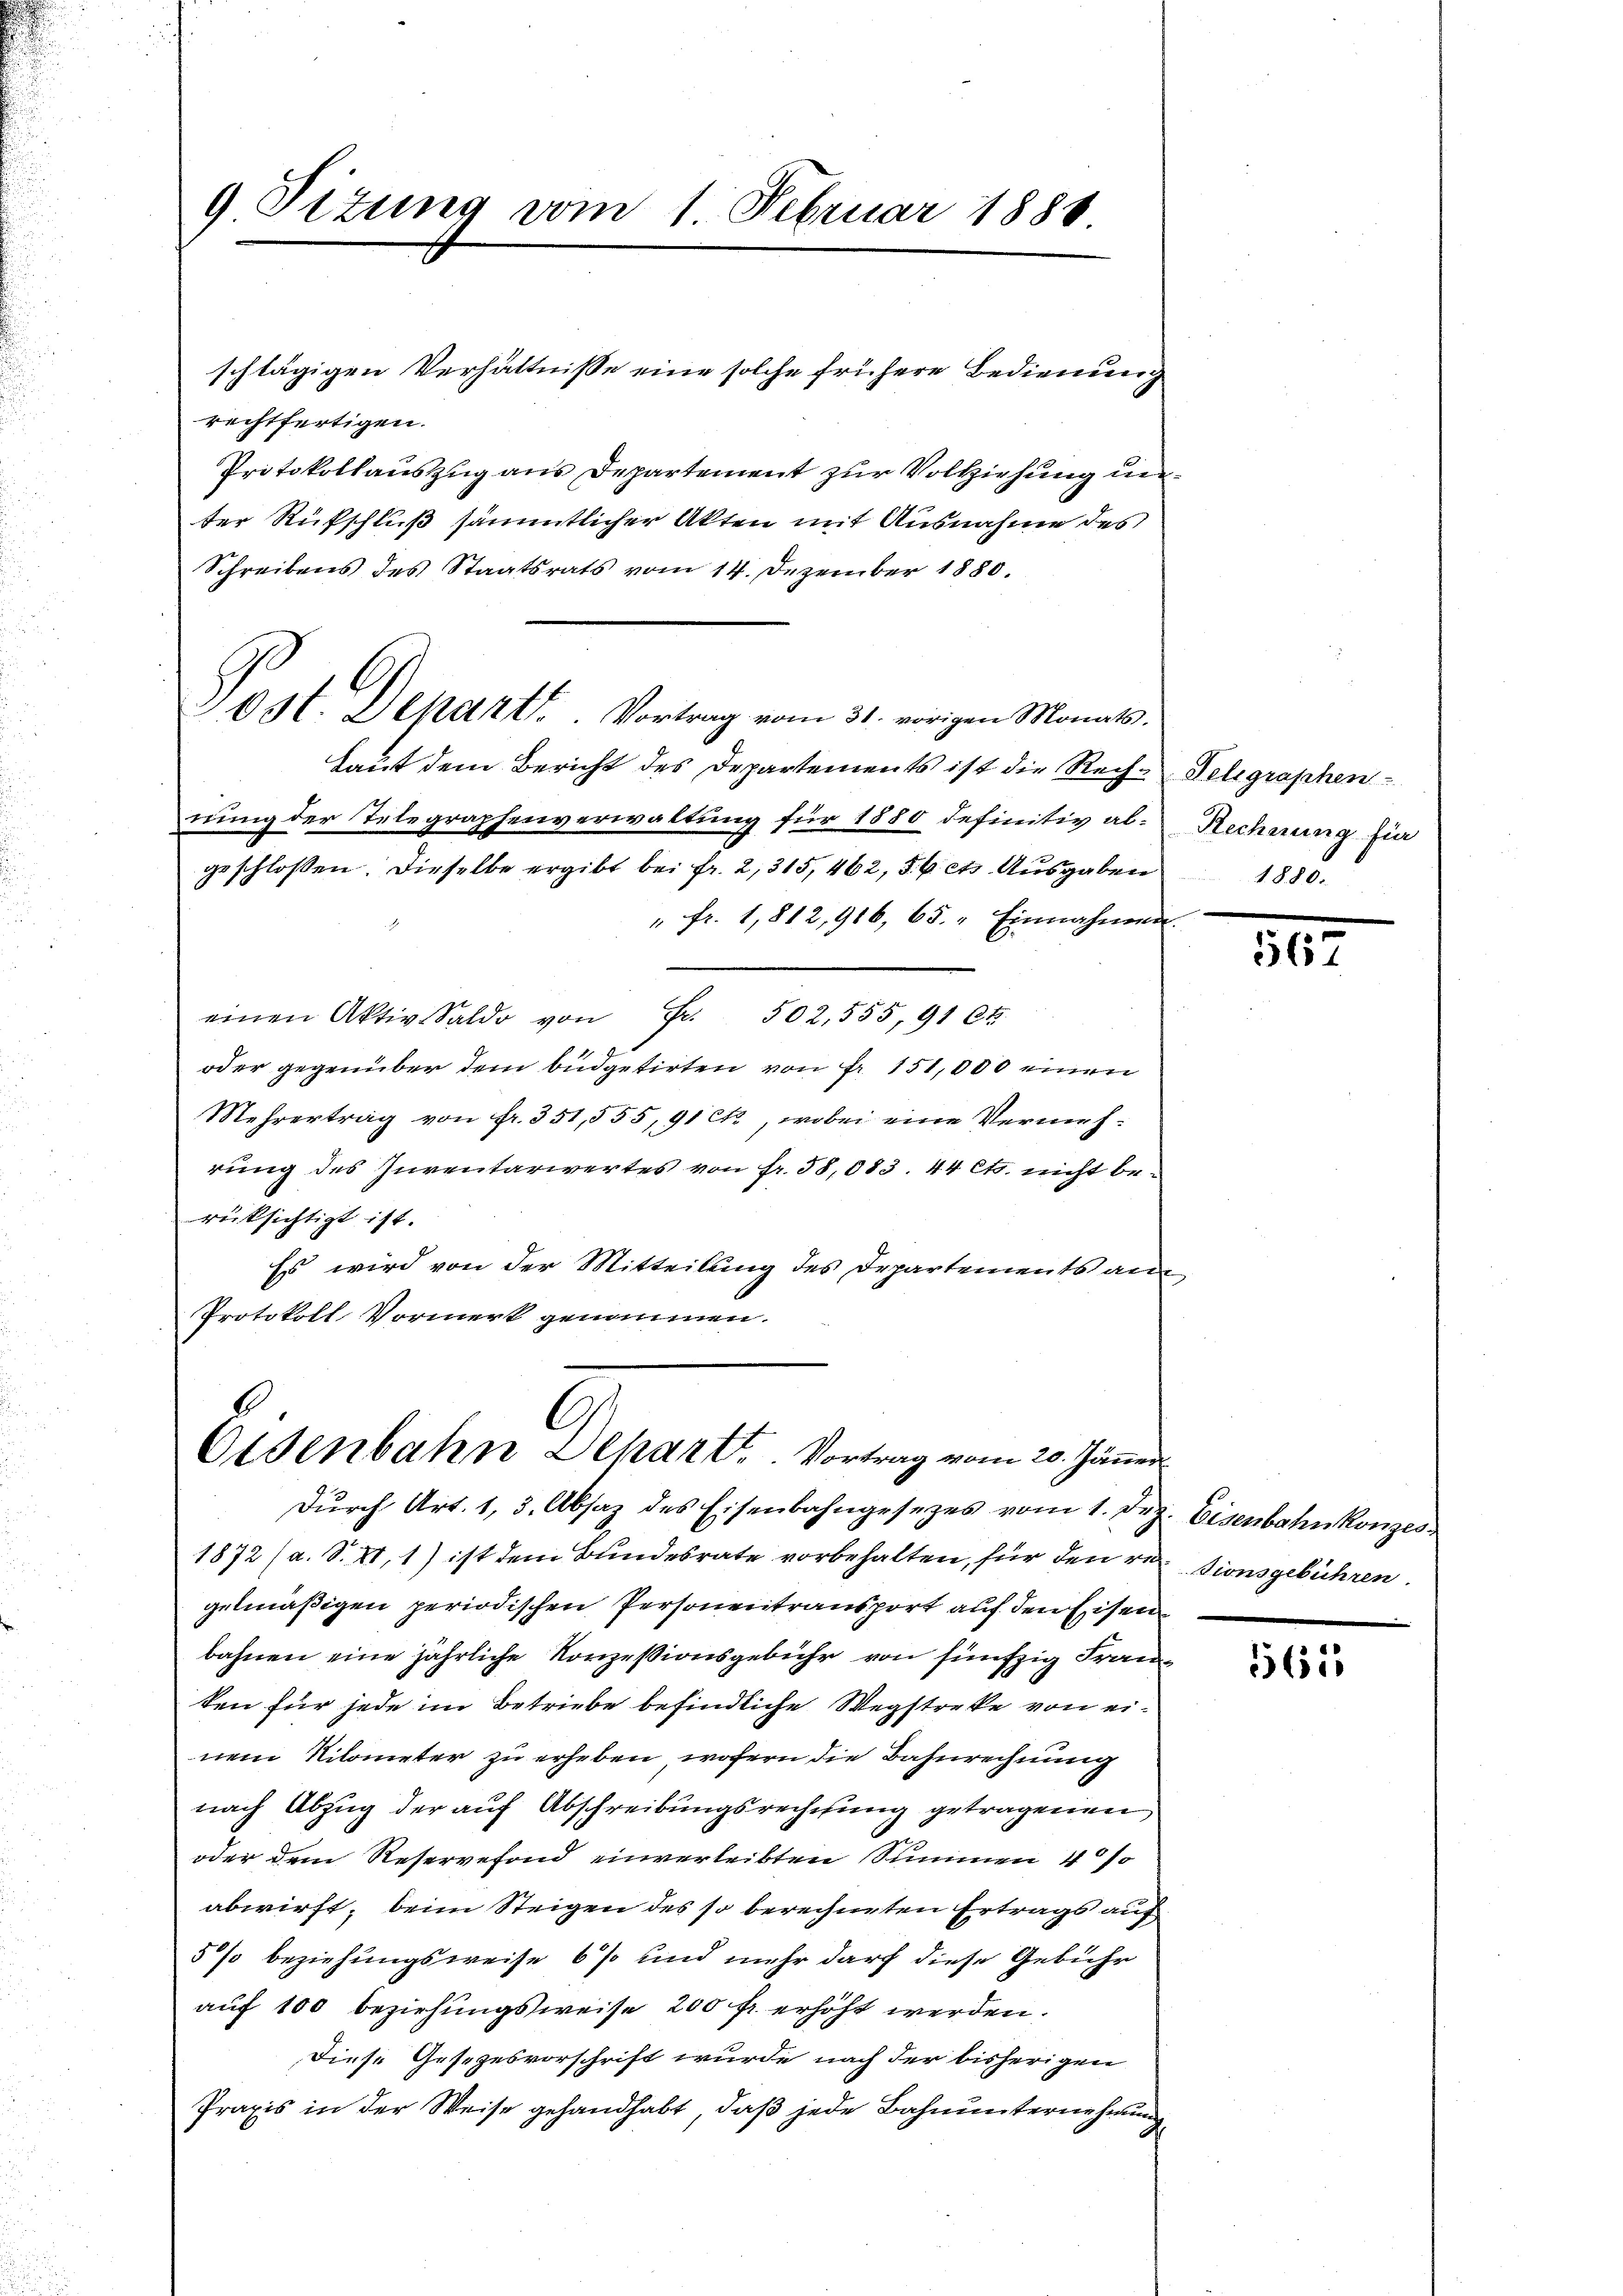
schlägigen Verhältnisse eine solche frühere Bedienung
rechtfertigen.
Protokollauszug aus Departement zur Volkziehung unter Rufschluß sämmtlicher Akten mit Ausnahme des
Schreibens des Staatsrats vom 14. Dezember 1880.
Laut dem Bericht des Departements ist die Rech-Telegraphen-
nung der Telegraphenverwaltung für 1880 definitiv algeschlossen. Dieselbe ergibt bei fr. 2, 315, 462, 56 et. Ausgaben
" fr. 1812,916, 65. Einnahmen.
einen Aktiv-Saldo von Fr. 502, 555, 91 Ct.
oder gegenüber dem büdgetirten von fr. 151,000 einen
Mehrertrag von fr. 351,555, 91 ltr., wobei eine Vermehrung des Inventariertes von fr. 58,083. 44 Cts. nicht berücksichtigt ist.
Es wird von der Mitteilung des Departements an
Protokoll Vormerk genommen.

Post. Depart. Vortrag vom 31. vorigen Monats.

9 Sizung vom 1 Februar 1888

G
Osenbahn Depart. Vortrag vom 20. Jäner

Dŭrch Art. 1, 3. Absaz des Eisenbahngesezes vom 1. Dez. Eisenbahnkonzes
1872 (a. S. XV, 1) ist dem Bundesrate vorbehalten, für den votionsgebühren.
gelmäßigen periodischen Personentransport auf den Eisen
bahnen eine jährliche Konzessionsgebühr von fünfzig Franten für jede im Betriebe befindliche Wegstreke von einem Nilometer zu erheben, wofern die Bahnrechnung
nach Abzug der auf Abschreibungsrechnung getragenen
oder dem Reservefond einverleibten Summen 4 %
abwirft, beim Steigen des so berechneten Ertrags auf
5 so beziehungsweise 6 % und mehr darf diese Gebühr
auf 100 beziehungsweise 200 fr erhöht werden.
Diese Gesezesvorschrift wurde nach der bisherigen
Praxis in der Weise gehandhabt, daß jede Bahnunternehmung

Rechnung für
1880.

.

565